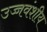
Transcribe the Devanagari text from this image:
उच्चवंशीय